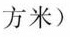
平方米)